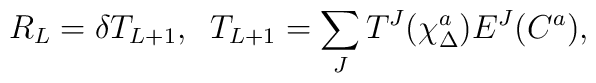
R_L = \delta T_{L+1},\;\; T_{L+1} = \sum_J T^J(\chi^a_\Delta) E^J(C^a),